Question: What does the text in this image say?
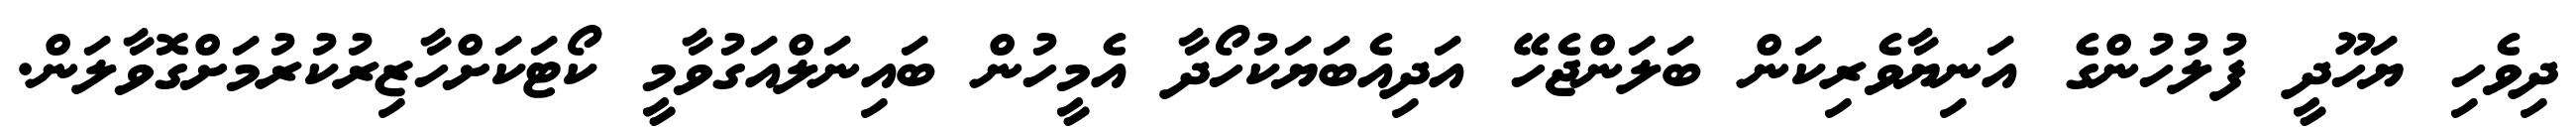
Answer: ދިވެހި ޔަހޫދީ ފުލުހުންގެ އަނިޔާވެރިކަން ބަލަންޖެހޭ އަދިއެބަޔަކުހޯދާ އެމީހުން ބައިނަލްއަގުވާމީ ކޯޓަކަށްހާޒިރުކުރުމަށްގޮވާލަން.